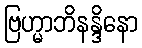
ဗြဟ္မာဘိနန္ဒိနော